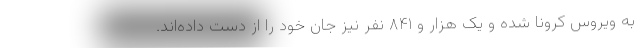
به ویروس کرونا شده و یک هزار و ۸۴۱ نفر نیز جان خود را از دست داده‌اند.